Scientific memoirs by medical officers of the Army of India - Part VIII,
Year: 1894
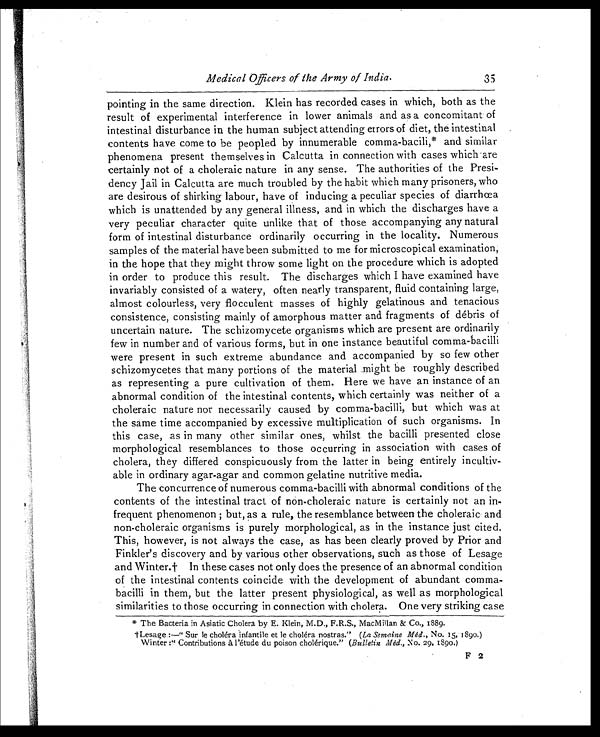
Medical Officers of the Army of India.
35
pointing in the same direction. Klein has recorded cases in which, both as the
result of experimental interference in lower animals and as a concomitant of
intestinal disturbance in the human subject attending errors of diet, the intestinal
contents have come to be peopled by innumerable comma-bacili,* and similar
phenomena present themselves in Calcutta in connection with cases which are
certainly not of a choleraic nature in any sense. The authorities of the Presi-
dency Jail in Calcutta are much troubled by the habit which many prisoners, who
are desirous of shirking labour, have of inducing a peculiar species of diarrhœa
which is unattended by any general illness, and in which the discharges have a
very peculiar character quite unlike that of those accompanying any natural
form of intestinal disturbance ordinarily occurring in the locality. Numerous
samples of the material have been submitted to me for microscopical examination,
in the hope that they might throw some light on the procedure which is adopted
in order to produce this result. The discharges which I have examined have
invariably consisted of a watery, often nearly transparent, fluid containing large,
almost colourless, very flocculent masses of highly gelatinous and tenacious
consistence, consisting mainly of amorphous matter and fragments of débris of
uncertain nature. The schizomycete organisms which are present are ordinarily
few in number and of various forms, but in one instance beautiful comma-bacilli
were present in such extreme abundance and accompanied by so few other
schizomycetes that many portions of the material might be roughly described
as representing a pure cultivation of them. Here we have an instance of an
abnormal condition of the intestinal contents, which certainly was neither of a
choleraic nature nor necessarily caused by comma-bacilli, but which was at
the same time accompanied by excessive multiplication of such organisms. In
this case, as in many other similar ones, whilst the bacilli presented close
morphological resemblances to those occurring in association with cases of
cholera, they differed conspicuously from the latter in being entirely incultiv-
able in ordinary agar-agar and common gelatine nutritive media.
The concurrence of numerous comma-bacilli with abnormal conditions of the
contents of the intestinal tract of non-choleraic nature is certainly not an in-
frequent phenomenon ; but, as a rule, the resemblance between the choleraic and
non-choleraic organisms is purely morphological, as in the instance just cited.
This, however, is not always the case, as has been clearly proved by Prior and
Finkler's discovery and by various other observations, such as those of Lesage
and Winter.† In these cases not only does the presence of an abnormal condition
of the intestinal contents coincide with the development of abundant comma-
bacilli in them, but the latter present physiological, as well as morphological
similarities to those occurring in connection with cholera. One very striking case
* The Bacteria in Asiatic Cholera by E. Klein, M.D., F.R.S., MacMillan & Co., 1889.
†Lesage :—" Sur l e chol éra i nfant i l e et l e chol éra nost ras. " ( La Semai ne Méd. , No. 15, 1890.)
Winter :" Contributions à l'étude du poison cholérique." ( Bulletin Méd. , No. 29, 18 90 .)
F 2